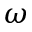
\omega